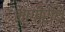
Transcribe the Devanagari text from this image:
भागीरथि